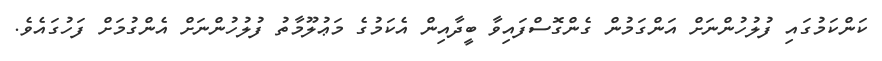
ކަންކަމުގައި ފުލުހުންނަށް އަންގަމުން ގެންގޮސްފައިވާ ބީދާއިން އެކަމުގެ މަޢުލޫމާތު ފުލުހުންނަށް އެންގުމަށް ފަހުގައެވެ.